Civil Veterinary Dept. North-West Frontier Province 1923-32 - 1923-1932
Year: 1923
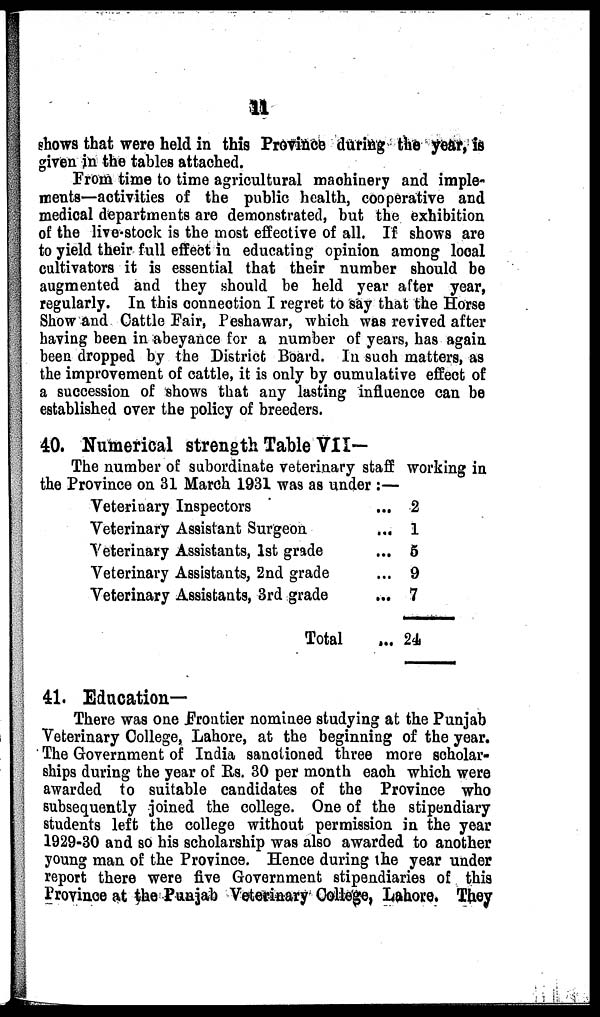
11
shows that were held in this Province during the year, is
given in the tables attached.
From time to time agricultural machinery and imple-
ments—activities of the public health, cooperative and
medical departments are demonstrated, but the exhibition
of the live-stock is the most effective of all. If shows are
to yield their full effect in educating opinion among local
cultivators it is essential that their number should be
augmented and they should be held year after year,
regularly. In this connection I regret to say that the Horse
Show and Cattle Fair, Peshawar, which was revived after
having been in abeyance for a number of years, has again
been dropped by the District Board. In such matters, as
the improvement of cattle, it is only by cumulative effect of
a succession of shows that any lasting influence can be
established over the policy of breeders.
40. Numerical strength Table VII—
The number of subordinate veterinary staff working in
the Province on 31 March 1931 was as under:—
Veterinary Inspectors
Veterinary Assistant Surgeon
Veterinary Assistants, 1st grade
Veterinary Assistants, 2nd grade
Veterinary Assistants, 3rd grade
Total
...
2
... 1
... 5
... 9
... 7
... 24
41. Education-
There was one Frontier nominee studying at the Punjab
Veterinary College, Lahore, at the beginning of the year.
The Government of India sanctioned three more scholar-
ships during the year of Rs. 30 per month each which were
awarded to suitable candidates of the Province who
subsequently joined the college. One of the stipendiary
students left the college without permission in the year
1929-30 and so his scholarship was also awarded to another
young man of the Province. Hence during the year under
report there were five Government stipendiaries of this
Province at the Punjab Veterinary College, Lahore. They